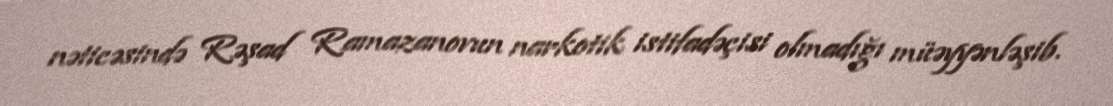
nəticəsində Rəşad Ramazanovun narkotik istifadəçisi olmadığı müəyyənləşib.